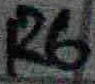
Text: R6